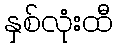
နှစ်လုံးထီ